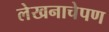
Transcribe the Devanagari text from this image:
लेखनाचेपण